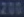
2019